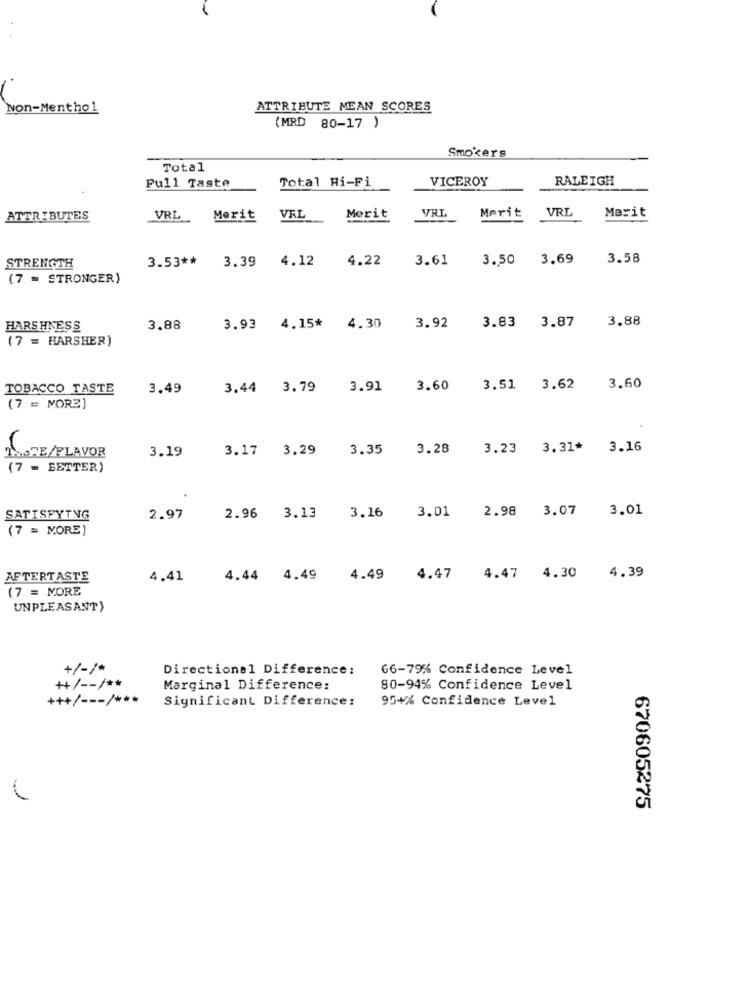
Non-Menthol
ATTRIBUTE MEAN SCORES
(MRD 80-17 )
Smokers
Total
Full Taste
Total Hi-Fi
VICEROY
RALEIGH
ATTRIBUTES
VRL
Merit
VRL
Merit
VRL
Merit
VRL
Merit
STRENGTH
3.53 **
3.39 4.12
4.22
3.61
3.50 3.69
3.58
(7 = STRONGER)
3.83
3.87
3.88
HARS HNESS
3.88
3.93 4.15*
4.30
3.92
(7 = HARSHER)
TOBACCO TASTE
3.49
3.44 3.79
3.91
3.60
3.51 3.62
3.60
(7 = MORE]
3.19
3.17
3.29
3.35
3.28
3.23
3.31* 3.16
MORE/FLAVOR
(7 = BETTER)
3.07
3.01
SATISFYTNG
2.97
2.96 3.13
3.16
3.01 2.98
(7 = MORE)
AFTERTASTE
4,41
4.44 4.49
4.49
4.47 4.47 4.30
4.39
(7 = MORE
UNPLEASANT>
+/-/*
Directional Difference:
66-7% Confidence Level
++/ -- / **
Marginal Difference:
80-94% Confidence Level
+++/ --- / ***
Significant Difference:
95+% Confidence Level
670605275